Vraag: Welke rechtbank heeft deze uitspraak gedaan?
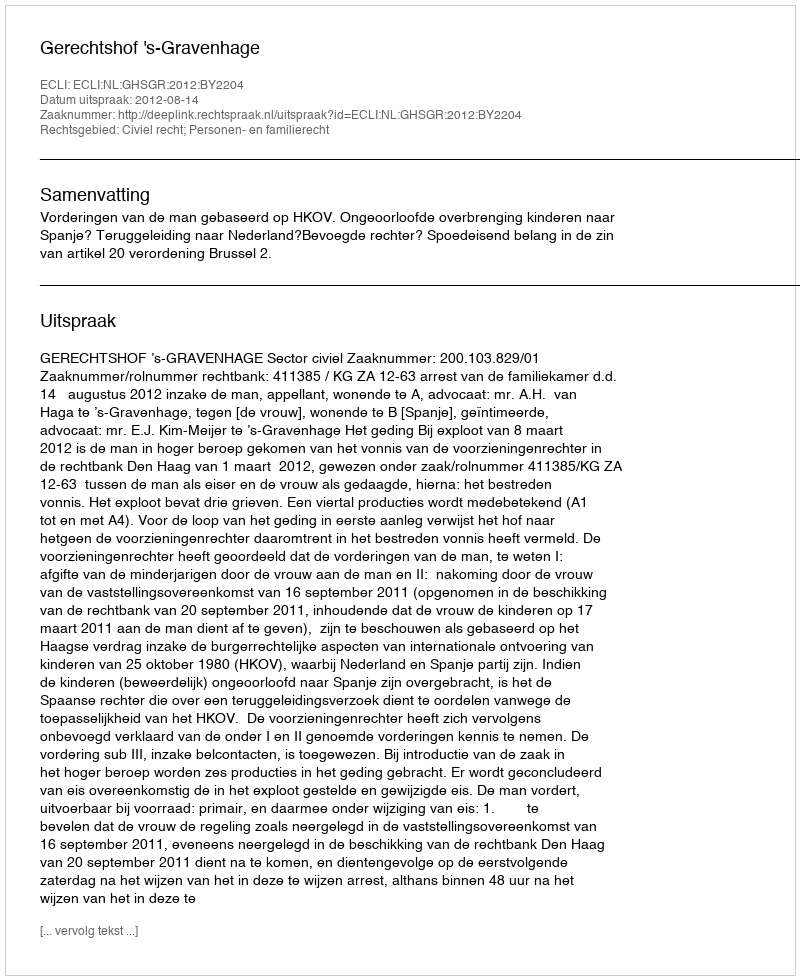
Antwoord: Gerechtshof 's-Gravenhage